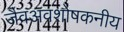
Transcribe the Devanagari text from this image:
जैवअवशोषकनीय